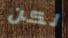
لكن